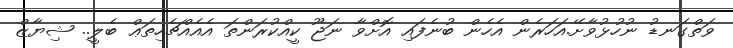
ވަތްގަނޑު ނުހުޅުވާށޭ.އަހަރެން އެހެން ބުނެފައި އޮށްވާ ނަޖޫ ކީއްކުރަންތަ އެއެއްޗެހިތަޢް ބެލީ.. ޝިޔާޒް